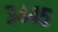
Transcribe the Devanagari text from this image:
३४४५